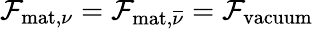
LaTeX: {\cal F}_{\mathrm{mat},\nu}={\cal F}_{\mathrm{mat},\overline{{{\nu}}}}={\cal F}_{\mathrm{vacuum}}